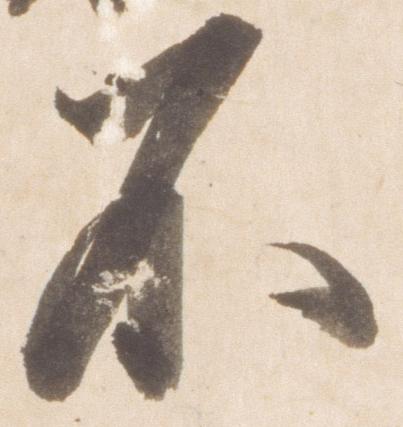
不